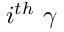
i ^ { t h } ~ \gamma